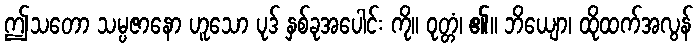
ဤသတော သမ္ပဇာနော ဟူသော ပုဒ် နှစ်ခုအပေါင်း ကို။ ဝုတ္တံ၊ ၏။ ဘိယျော၊ ထိုထက်အလွန်